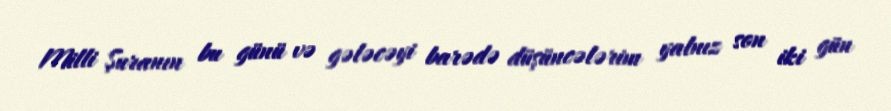
Milli Şuranın bu günü və gələcəyi barədə düşüncələrim yalnız son iki gün